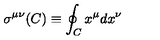
\sigma ^ { \mu \nu } ( C ) \equiv \oint _ { C } x ^ { \mu } d x ^ { \nu }